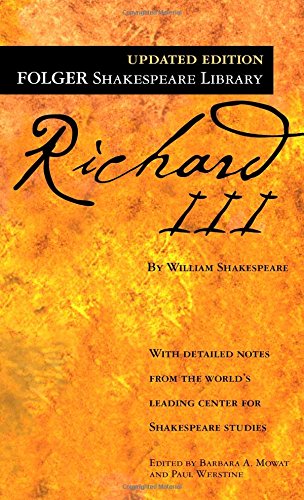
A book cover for Richard III (Folger Shakespeare Library); William Shakespeare; Literature & Fiction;